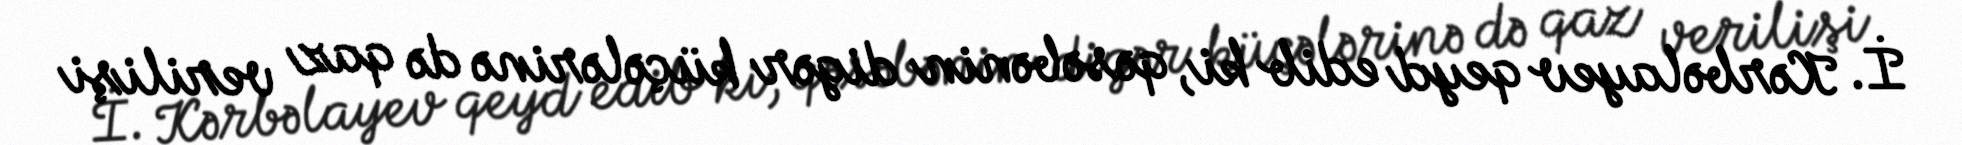
İ. Kərbəlayev qeyd edib ki, qəsəbənin digər küçələrinə də qaz verilişi